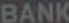
BANK